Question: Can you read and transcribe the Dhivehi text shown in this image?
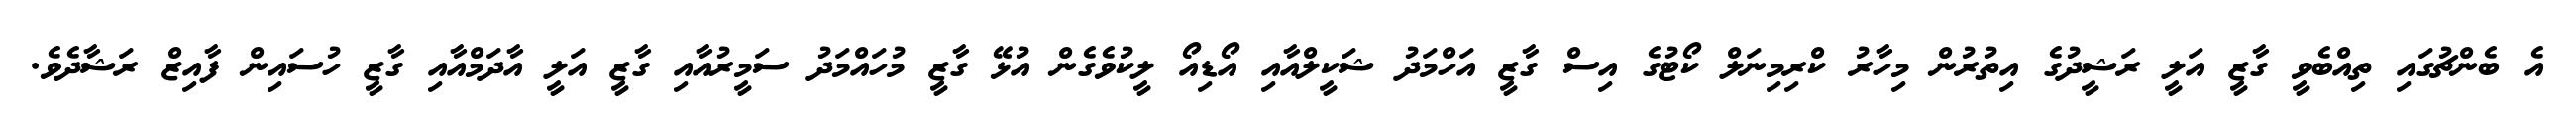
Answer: އެ ބެންޗުގައި ތިއްބެވީ ގާޒީ އަލީ ރަޝީދުގެ އިތުރުން މިހާރު ކްރިމިނަލް ކޯޓުގެ އިސް ގާޒީ އަހްމަދު ޝަކީލްއާއި އޯޑިއޯ ލީކުވެގެން އުޅޭ ގާޒީ މުހައްމަދު ސަމީރުއާއި ގާޒީ އަލީ އާދަމްއާއި ގާޒީ ހުސައިން ފާއިޒް ރަޝާދެވެ.